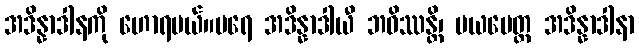
အဒိန္နာဒါနကို ဟောရမယ်။ပရေ အဒိန္နာဒါယီ ဘဝိဿန္တိ၊ မယမေတ္ထ အဒိန္နာဒါနာ